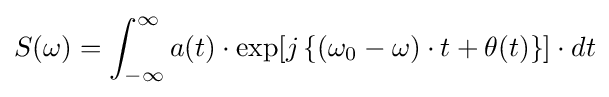
S(\omega )=\int _{-\infty }^{\infty }a(t)\cdot \exp[j\left\{(\omega _{0}-\omega )\cdot t+\theta (t)\right\}]\cdot dt